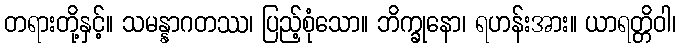
တရားတို့နှင့်။ သမန္နာဂတဿ၊ ပြည့်စုံသော။ ဘိက္ခုနော၊ ရဟန်းအား။ ယာရတ္တိဝါ၊